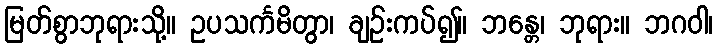
မြတ်စွာဘုရားသို့။ ဥပသင်္ကမိတွာ၊ ချဉ်းကပ်၍။ ဘန္တေ၊ ဘုရား။ ဘဂဝါ၊